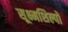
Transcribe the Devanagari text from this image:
सूक्ष्मशिल्पों